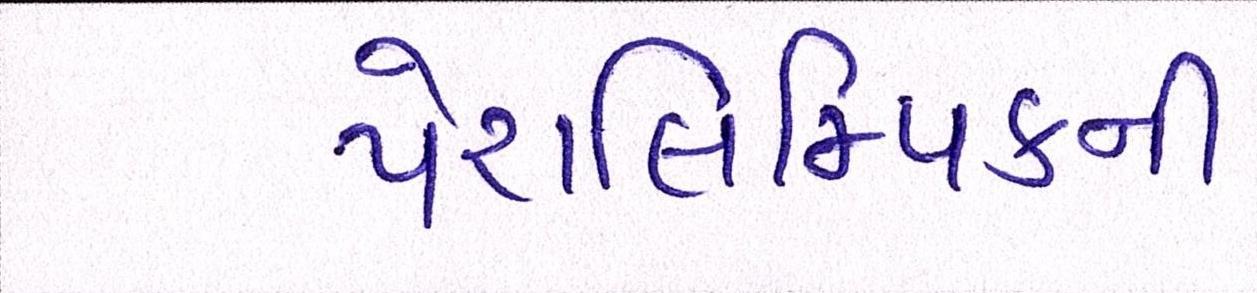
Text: પેરાલિમ્પિકની